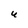
Character: U